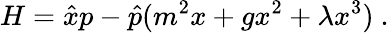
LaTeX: H={\hat{x}}p-{\hat{p}}(m^{2}x+gx^{2}+\lambda x^{3})~.